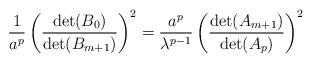
LaTeX: \begin{align*}\frac1{a^p}\left(\frac{\det(B_0)}{\det(B_{m+1})}\right)^2=\frac{a^p}{\lambda^{p-1}}\left(\frac{\det(A_{m+1})}{\det(A_p)}\right)^2\end{align*}